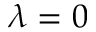
\lambda = 0